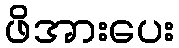
ဖိအားပေး